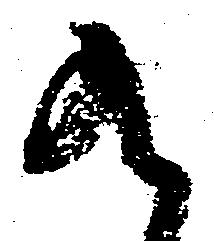
九